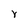
Character: Y